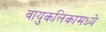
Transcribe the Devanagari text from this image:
वायुकलिकामध्ये